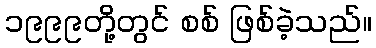
၁၉၉၉တို့တွင် စစ် ဖြစ်ခဲ့သည်။